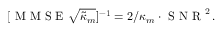
[ \mathrm { ~ M ~ M ~ S ~ E ~ } \sqrt { \tilde { \kappa } _ { m } } ] ^ { - 1 } = 2 / \kappa _ { m } \cdot \mathrm { ~ S ~ N ~ R ~ } ^ { 2 } \, .